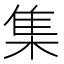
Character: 集